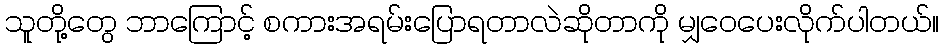
သူတို့တွေ ဘာကြောင့် စကားအရမ်းပြောရတာလဲဆိုတာကို မျှဝေပေးလိုက်ပါတယ်။